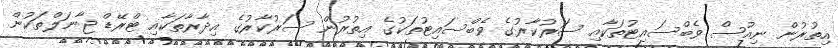
އިތުރުން ނިއުސް ވެބްސައިޓުތަކާއި ސަރުކާރުގެ ވެބްސައިޓުތަކުގެ އިތުރުން ސަރުކާރުގެ އިދާރާތަކާއި ޓްރޭޑް ޖާނަލްތަކުން